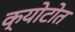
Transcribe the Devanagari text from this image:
क्योटोत